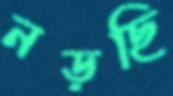
নড়ছি